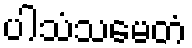
ပါသံသမေတံ